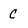
Character: c